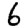
Digit: 6